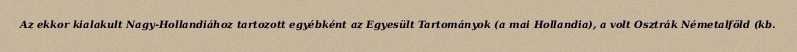
Az ekkor kialakult Nagy-Hollandiához tartozott egyébként az Egyesült Tartományok (a mai Hollandia), a volt Osztrák Németalföld (kb.